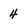
Character: 4